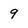
Character: 9